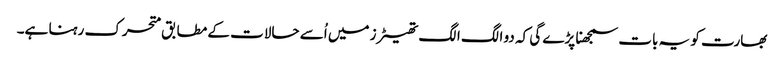
بھارت کو یہ بات سمجھنا پڑے گی کہ دو الگ الگ تھیٹرز میں اُسے حالات کے مطابق متحرک رہنا ہے۔